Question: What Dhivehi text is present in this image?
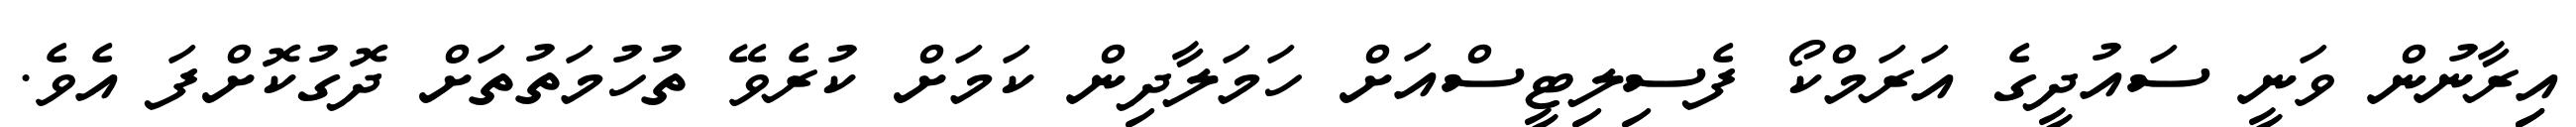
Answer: އިިރާނުން ވަނީ ސައުދީގެ އަރަމްކޯ ފެސިލިޓީސްއަށް ހަމަލާދިން ކަމަށް ކުރެވޭ ތުހުމަތުތަށް ދޮގުކޮށްފަ އެވެ.